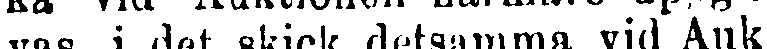
vas, i det skick detsamma vid Auk-